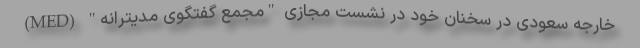
خارجه سعودی در سخنان خود در نشست مجازی "مجمع گفتگوی مدیترانه" (MED)